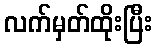
လက်မှတ်ထိုးပြီး